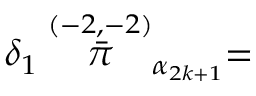
\delta _ { 1 } \stackrel { ( - 2 , - 2 ) } { \bar { \pi } } _ { \alpha _ { 2 k + 1 } } =